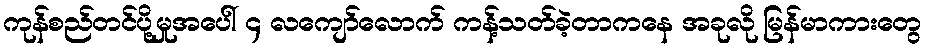
ကုန်စည်တင်ပို့မှုအပေါ် ၄ လကျော်လောက် ကန့်သတ်ခဲ့တာကနေ အခုလို မြန်မာကားတွေ